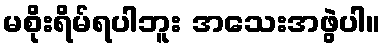
မစိုးရိမ်ရပါဘူး အသေးအဖွဲပါ။